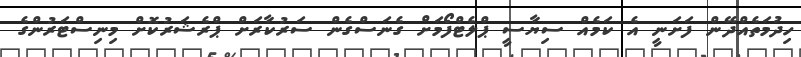
ހިދުމަތެއްދޭން ފަށަނީ އެ ކަމެއް ސިޔާސީ ޕްލެޓްފޯމަށް ގެނަސްގެން ސަރުކާރަށް ޕްރެޝަރުކޮށް މިނިސްޓަރުންގެ